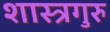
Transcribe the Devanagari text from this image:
शास्त्रगुरु